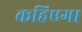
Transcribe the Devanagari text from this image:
कहिएगा